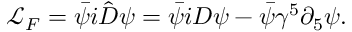
\mathcal { L } _ { F } = \bar { \psi } i \hat { D } \psi = \bar { \psi } i D \psi - \bar { \psi } \gamma ^ { 5 } \partial _ { 5 } \psi .